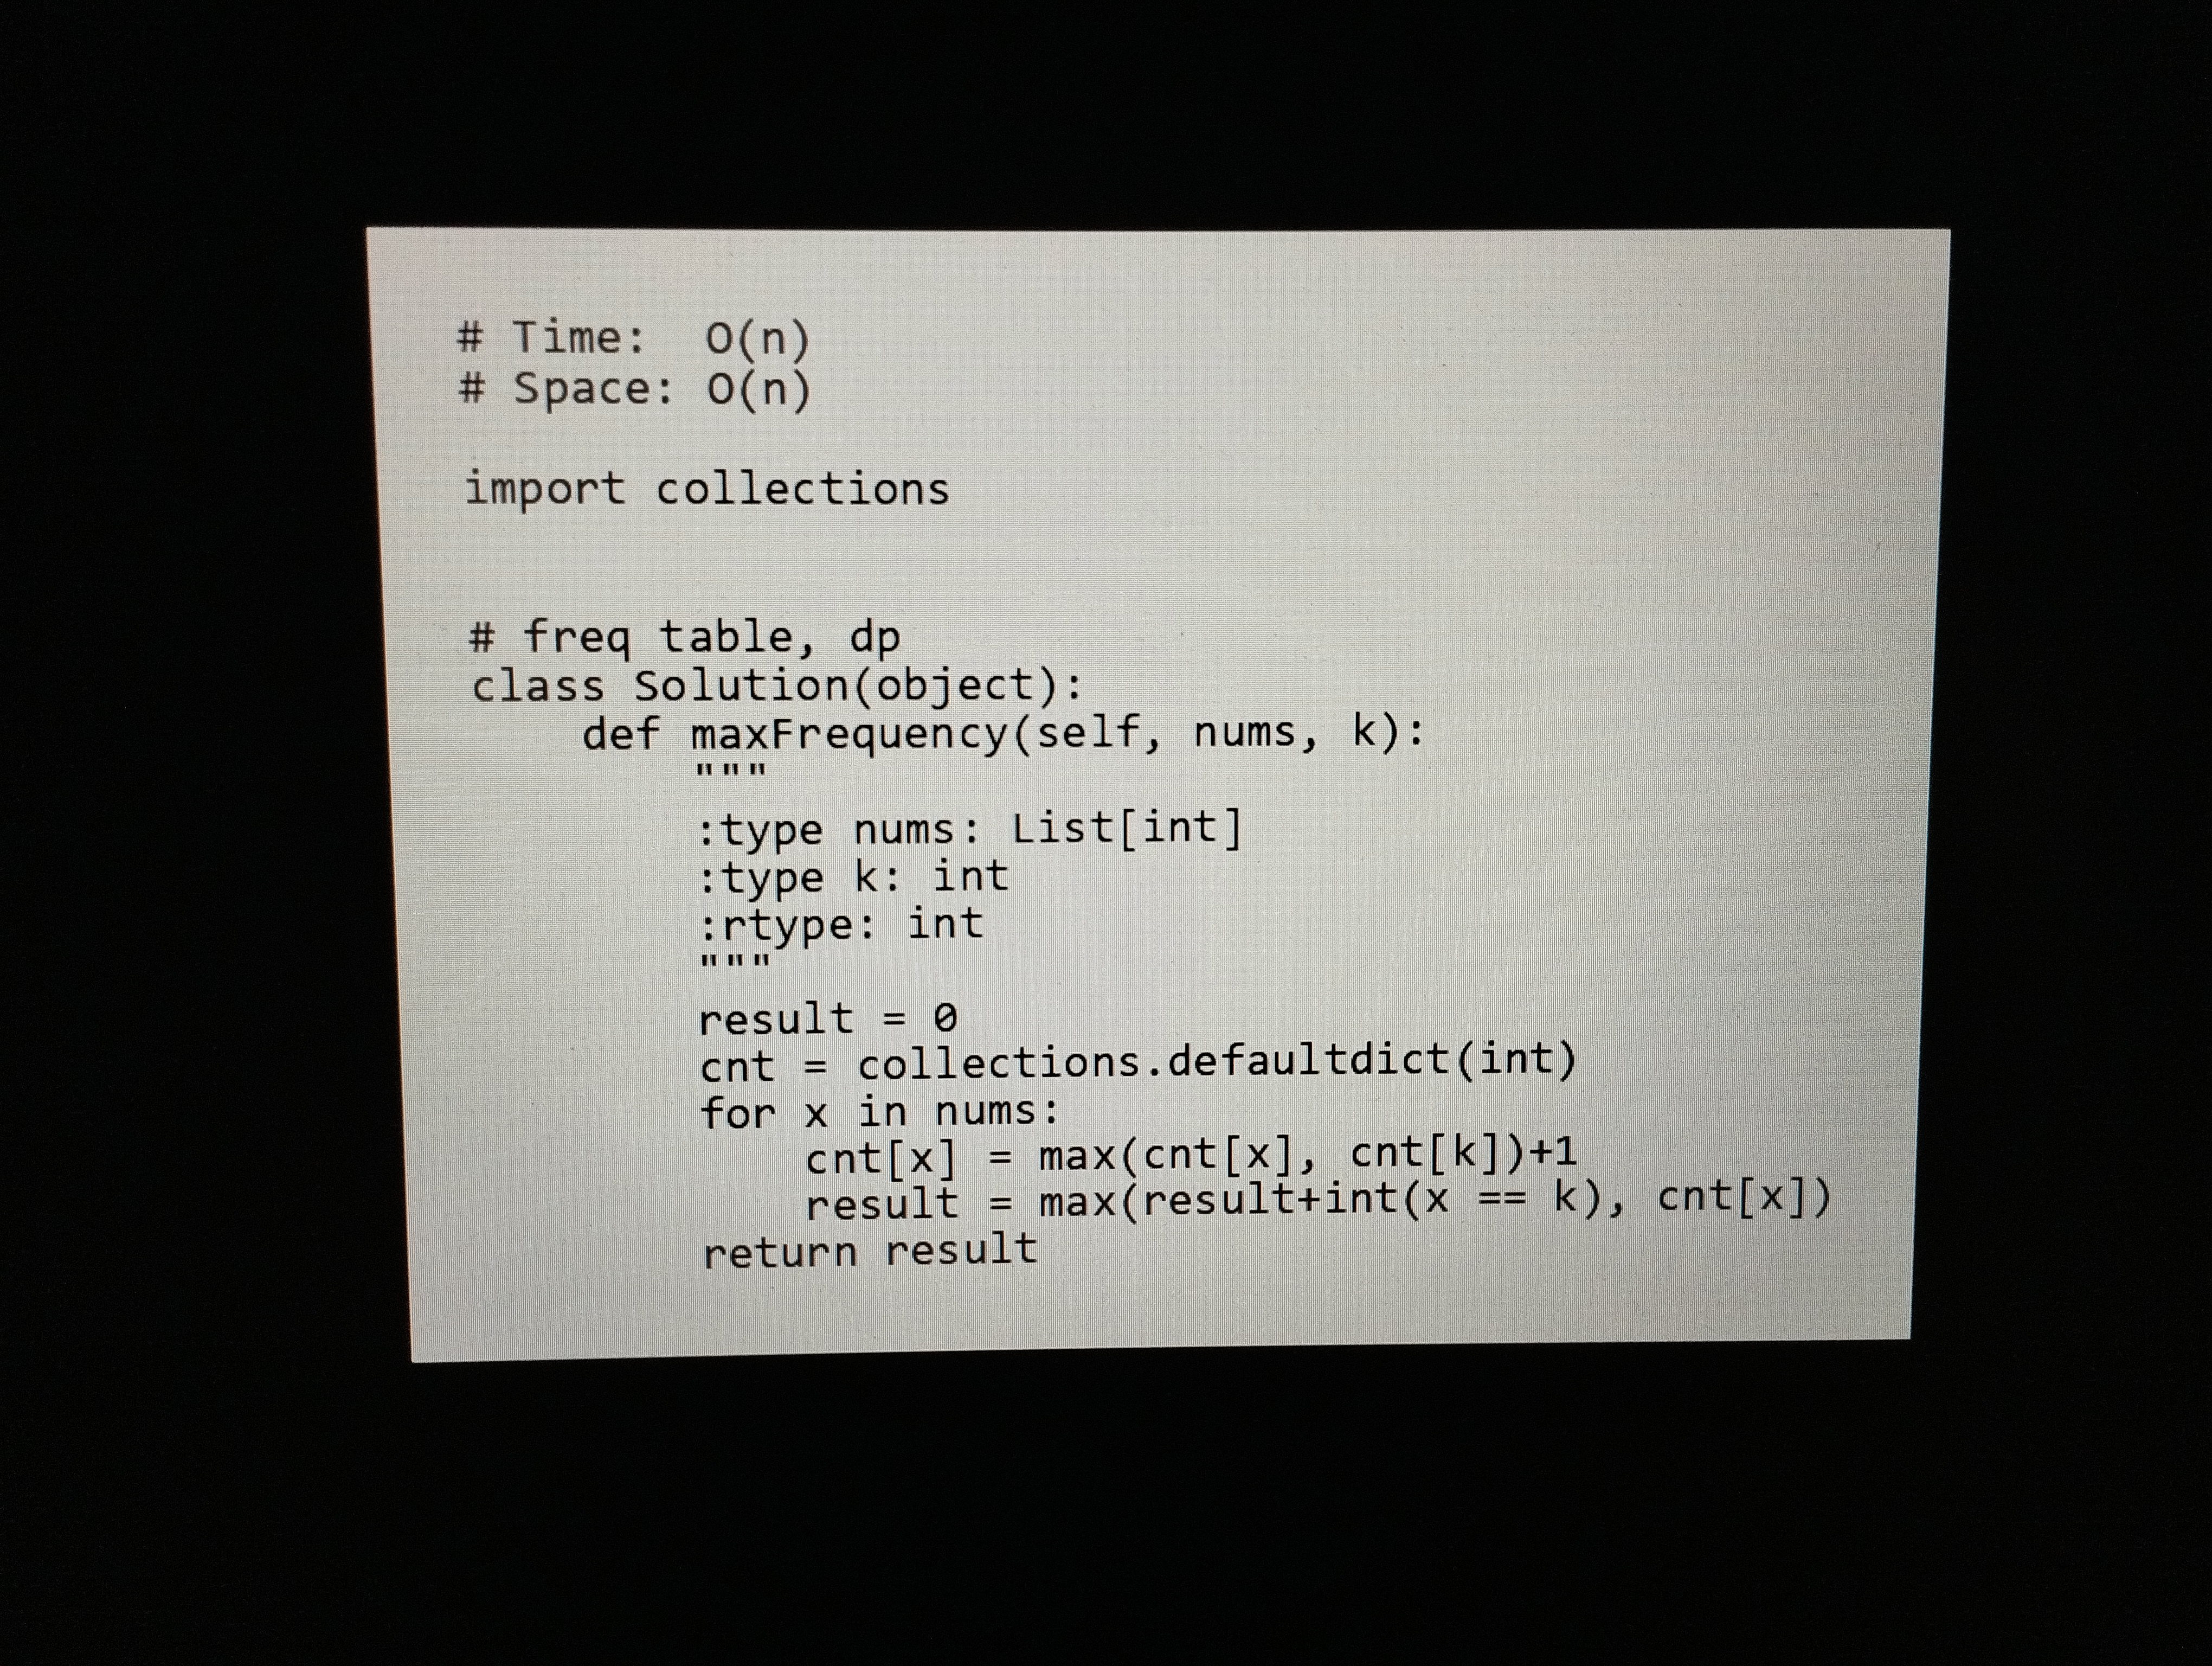
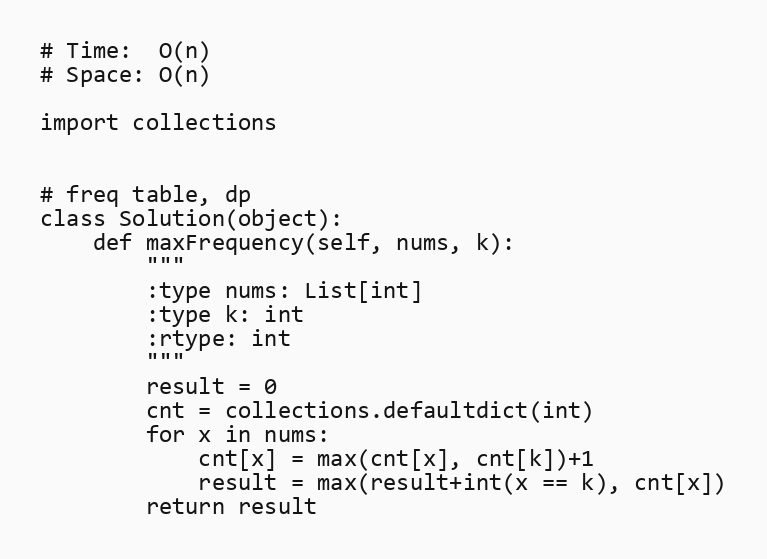
# Time:  O(n)
# Space: O(n)

import collections

# freq table, dp
class Solution(object):
    def maxFrequency(self, nums, k):
        """
        :type nums: List[int]
        :type k: int
        :rtype: int
        """
        result = 0
        cnt = collections.defaultdict(int)
        for x in nums:
            cnt[x] = max(cnt[x], cnt[k])+1
            result = max(result+int(x == k), cnt[x])
        return result